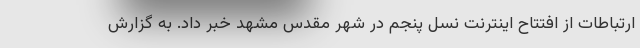
ارتباطات از افتتاح اینترنت نسل پنجم در شهر مقدس مشهد خبر داد. به گزارش